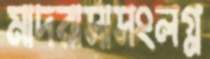
মাদরাসাসংলগ্ন